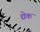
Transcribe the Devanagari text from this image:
द्येक